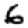
Digit: 6